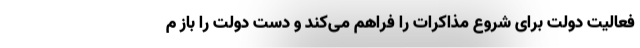
فعالیت دولت برای شروع مذاکرات را فراهم می‌کند و دست دولت را باز م